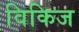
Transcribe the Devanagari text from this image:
विकिज